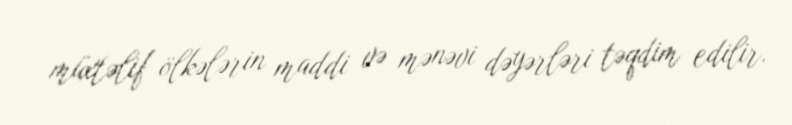
müxtəlif ölkələrin maddi və mənəvi dəyərləri təqdim edilir.